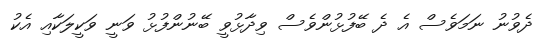
ދެވުނު ނަމަވެސް އެ ދެ ބޭފުޅުންވެސް ވިދާޅުވީ ބޭނުންފުޅު ވަނީ ވަކީލަކާއި އެކު